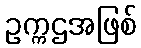
ဥက္ကဌအဖြစ်